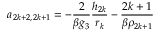
a _ { 2 k + 2 , 2 k + 1 } = - \frac { 2 } { \beta g _ { 3 } } \frac { h _ { 2 k } } { r _ { k } } - \frac { 2 k + 1 } { \beta \rho _ { 2 k + 1 } }